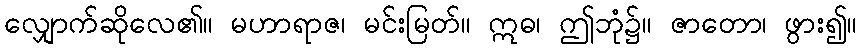
လျှောက်ဆိုလေ၏။ မဟာရာဇ၊ မင်းမြတ်။ ဣဓ၊ ဤဘုံ၌။ ဇာတော၊ ဖွား၍။